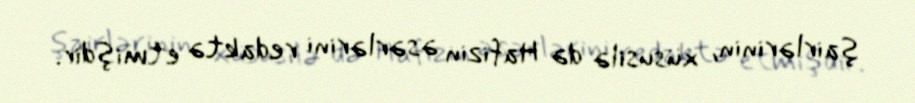
şairlərinin, xüsusilə də Hafizin əsərlərini redaktə etmişdir.